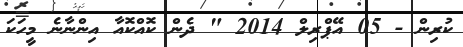
ކުރިން - 05 އޭޕްރިލް 2014 " ދެން ކޮއްކޮއާ އިންނާނެ މީހަކަ